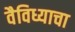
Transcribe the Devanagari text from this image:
वैविध्याचा